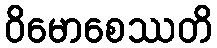
ဝိမောစေဿတိ